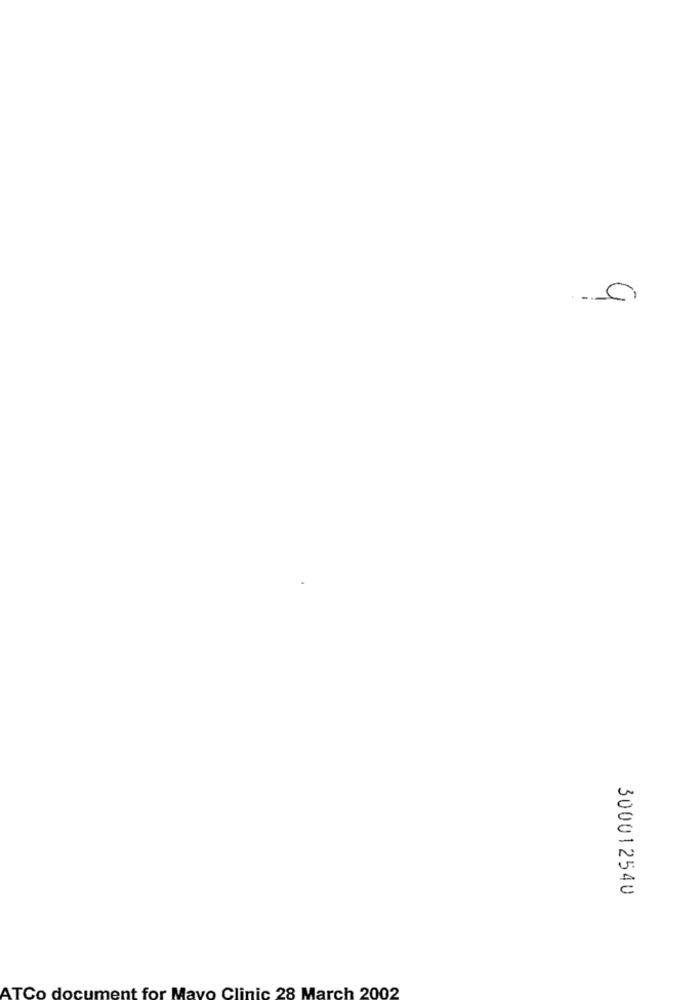
300012540
ATCo document for Mayo Clinic 28 March 2002